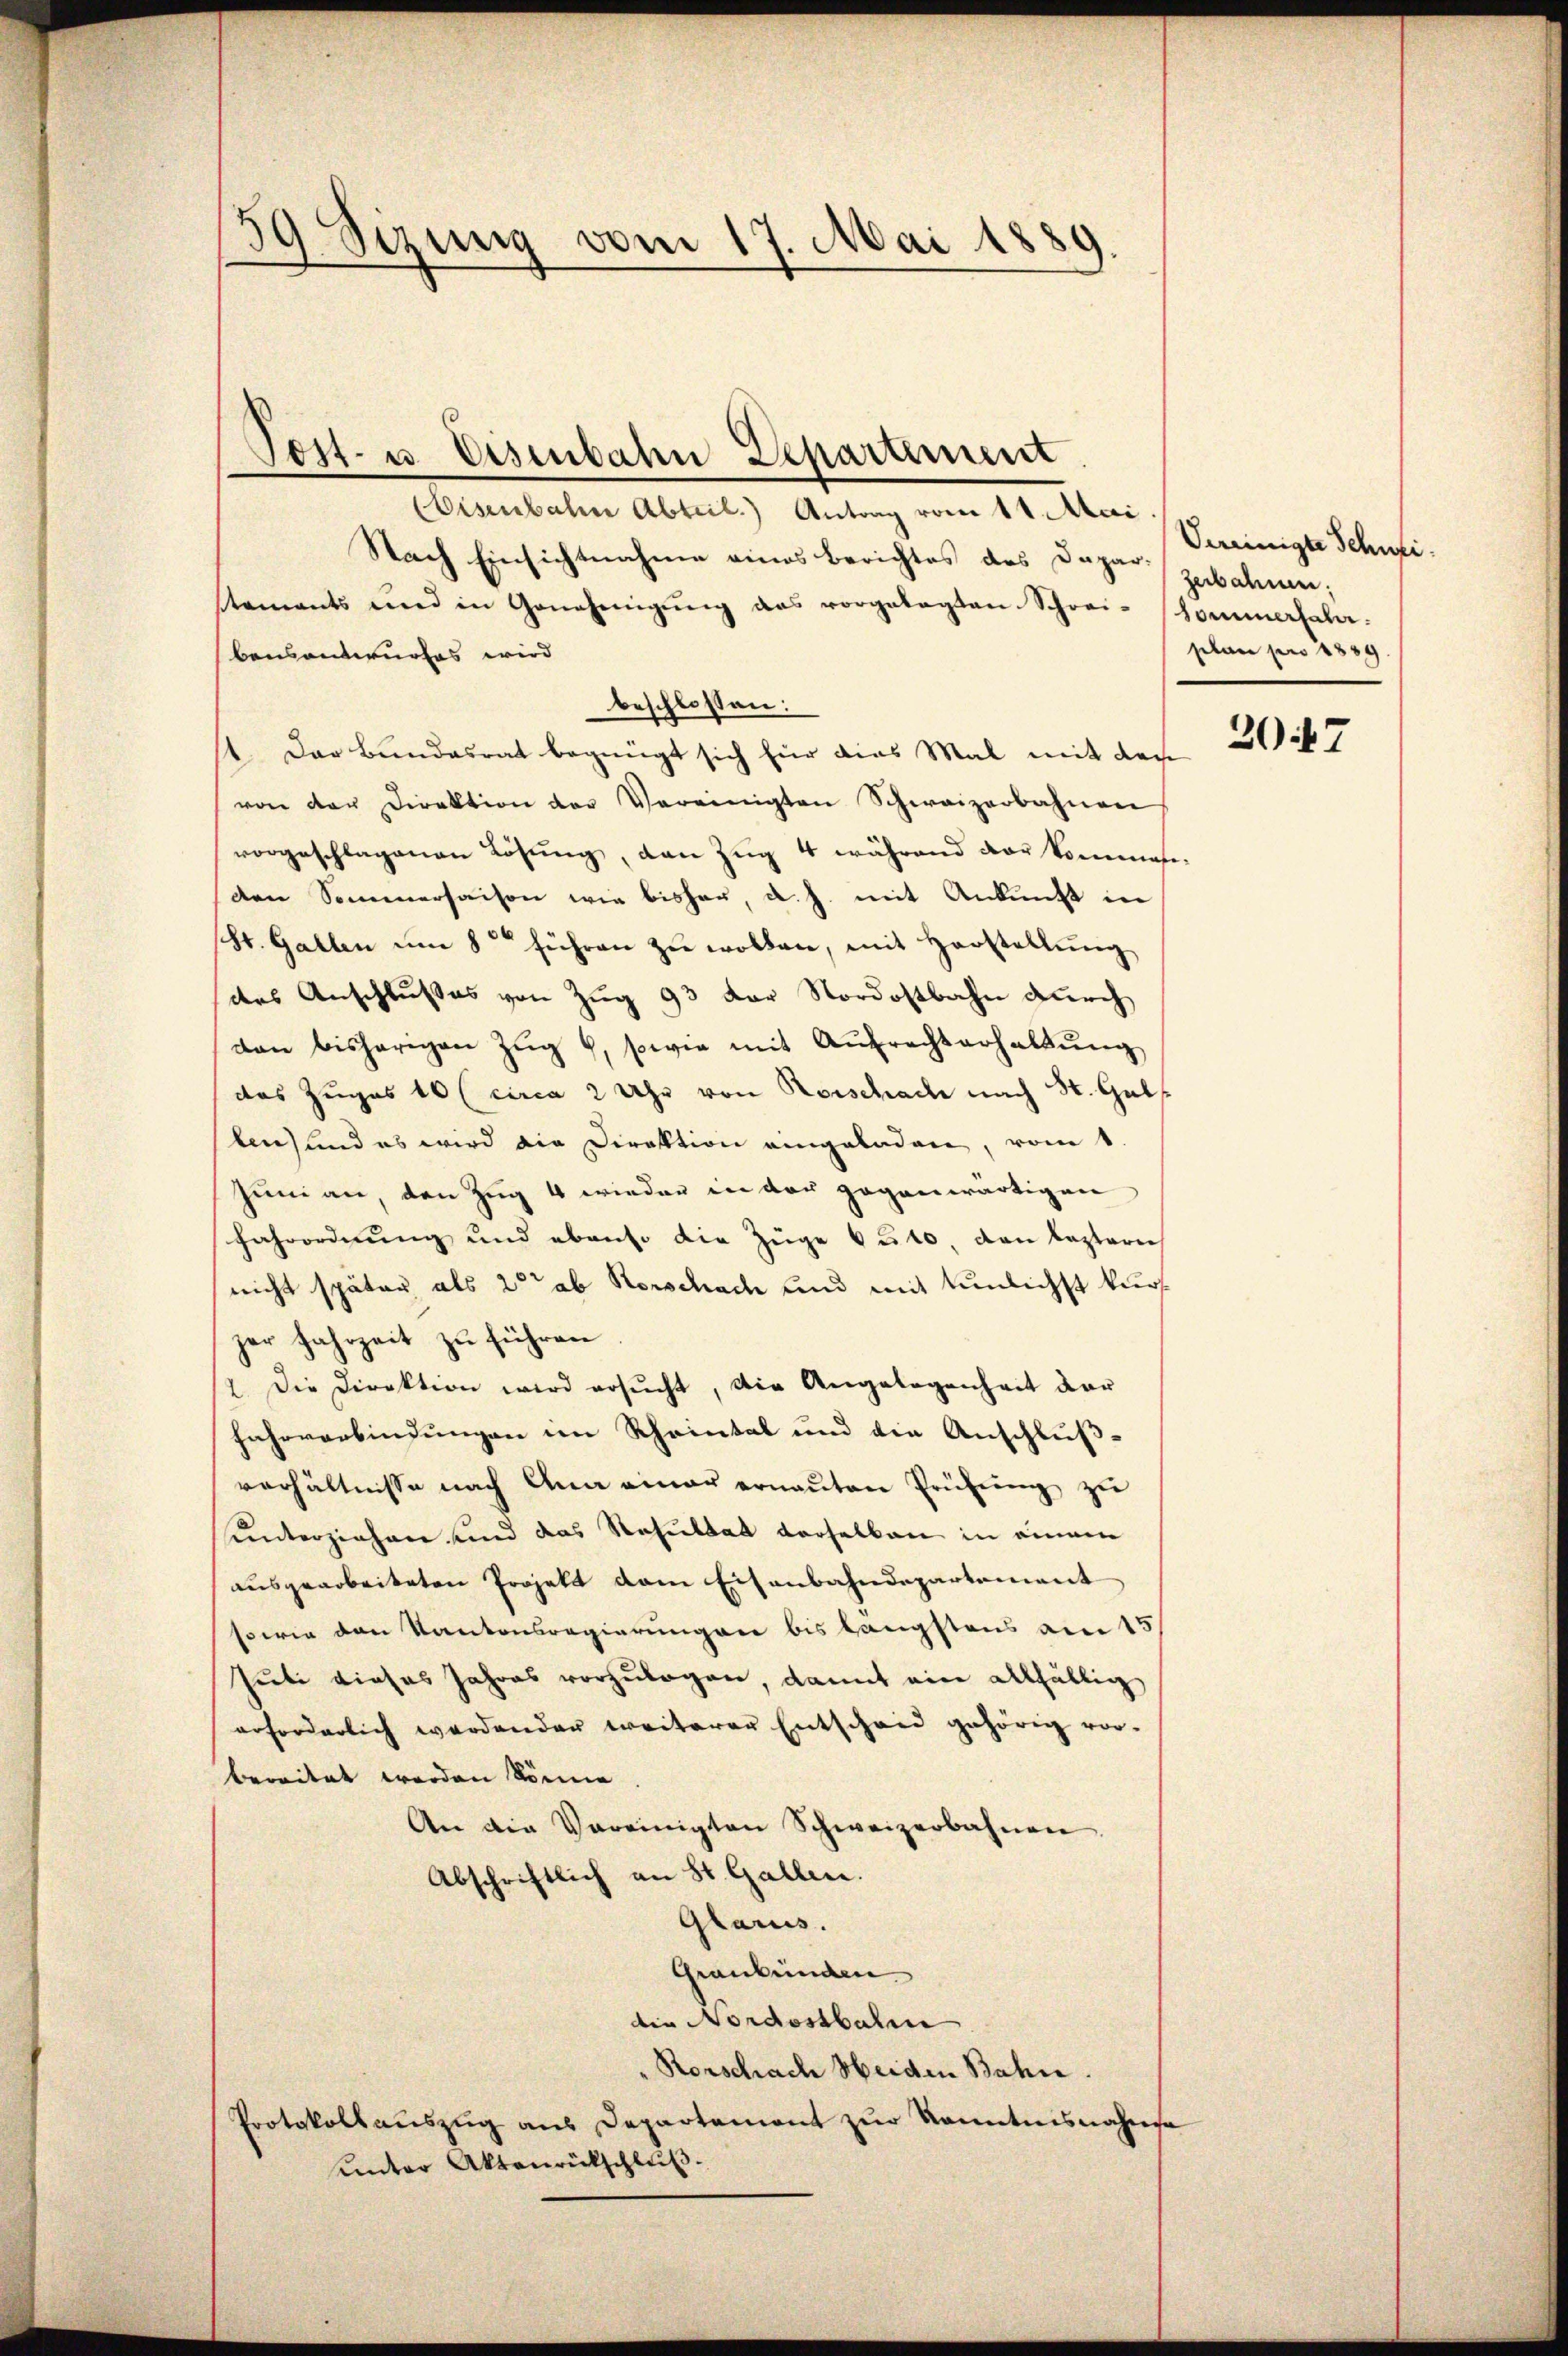
59 Sizung vom 17. Mai 1889

Eisenbahn Abteil.) Antrag vom 14. Mai
Nach Einsichtnahme eines Berichtes des Daparzerbahnen;
stements und in Genehmigŭng das vorgelegten Schrei-Sommerhabe.
bensantwurfes wird
beschlossen:
st. Das Bundesrat begnügt sich für dies Mal mit den
von der Direktion der Vereinigten Schweizerbahnen
vorgeschlagenen Lösung, den Zug 4 während der Vormenasi-
den Sommersaison wie bisher, a. h. mit Ankunft in
St. Gallen um 8 führen zu wollen, mit Horstellung
des Anschlußes von Zug 93 der Nordostbahn durch
den bisherigen Zŭg 6, sowie mit Aŭfrechterhaltŭng
das Zuges 10 (circa 2 Uhr von Rorschach nach St. Gal
len) und es wird die Direktion eingeladen, vom 1.
Juni an, den Zug 4 wieder in der gegenwärtigen
fahrordnung und ebenso die Züge 6210, den lezterich
nicht später als 20 ab Horschach und mit tunlichst kurzer Fahrzeit zu führen
2. Die Direktion wird ersŭcht, die Angelegenheit dar
Fahrverbindungen im Rheintal und die Anschluß-
verhältnisse nach Ana einer ernaṅten Prüfŭng zŭ
unterziehen und das Resultat derselben in einem
ausgearbeiteten Projekt dem Eisenbahndepartement
sowie den Kantonsregierungen bis längstens am 15.
suti dieses Jahres vorzulegen, damit ein allfällig
erforderlich werdender weiterer Entschaid gehörig vor-
bereitet werden könne
An die Vereinigten Schweizerbahnen.
Abschriftlich an St. Gallen.
Glarus.
Graubünden
die Nordostbahne
"Rorschach Heiden Bahn.
Protokollauszug aus Departement zur kanntnisnahmsa
unter Aktenrückschluß.

Post- u. Eisenbahn Departement

Vereinigte Schweiplan pro 1889

2047